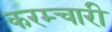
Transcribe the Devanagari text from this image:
करम्चारी